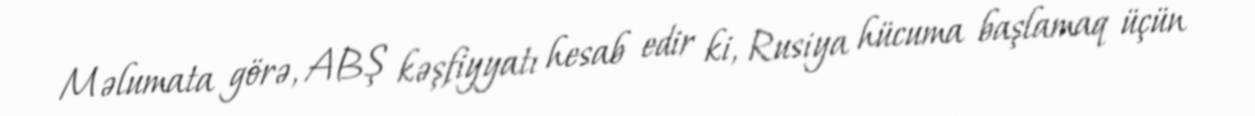
Məlumata görə, ABŞ kəşfiyyatı hesab edir ki, Rusiya hücuma başlamaq üçün